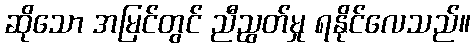
ဆိုသော အမြင်တွင် ညီညွတ်မှု ရနိုင်လေသည်။